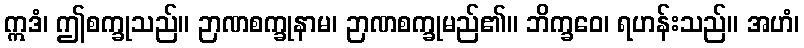
ဣဒံ၊ ဤစက္ခုသည်။ ဉာဏစက္ခုနာမ၊ ဉာဏစက္ခုမည်၏။ ဘိက္ခဝေ၊ ရဟန်းသည်။ အဟံ၊